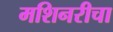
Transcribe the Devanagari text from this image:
मशिनरीचा